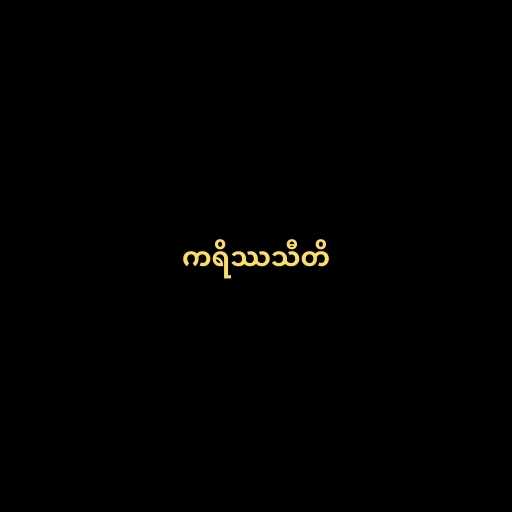
ကရိဿသီတိ